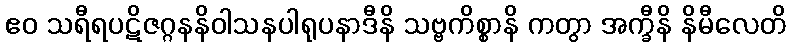
ဧဝ သရီရပဋိဇဂ္ဂနနိဝါသနပါရုပနာဒီနိ သဗ္ဗကိစ္စာနိ ကတွာ အက္ခီနိ နိမီလေတိ